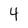
Character: 4